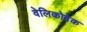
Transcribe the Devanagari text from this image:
वेलिकोवेक